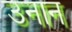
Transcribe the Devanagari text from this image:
उनान